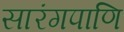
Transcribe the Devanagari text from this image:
सारंगपाणि